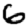
Digit: 6